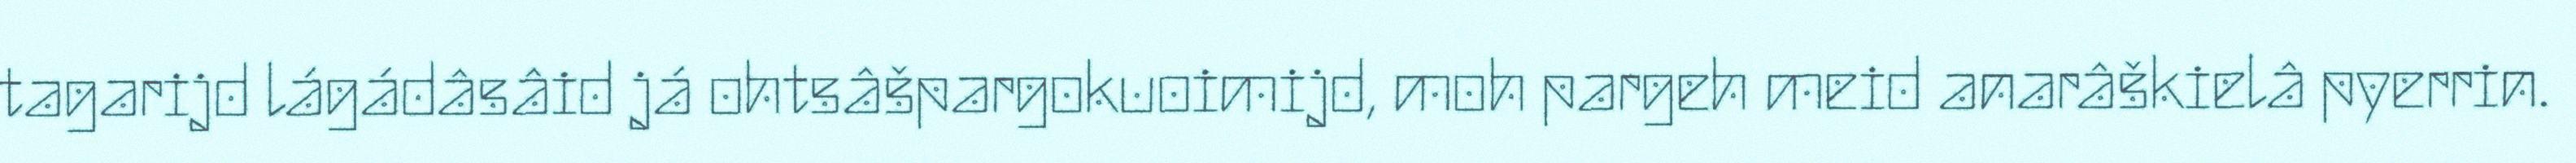
tagarijd lágádâsâid já ohtsâšpargokuoimijd, moh pargeh meid anarâškielâ pyerrin.